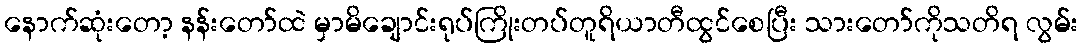
နောက်ဆုံးတော့ နန်းတော်ထဲ မှာမိချောင်းရုပ်ကြိုးတပ်တူရိယာတီထွင်စေပြီး သားတော်ကိုသတိရ လွမ်း